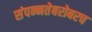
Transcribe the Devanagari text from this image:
संपन्नतेबरोबरच